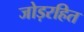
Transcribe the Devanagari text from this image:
जोड़रहित